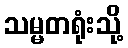
သမ္မတရုံးသို့